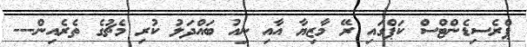
ޕްރެސިޑެންޓްސް ކަޕްގައި ރޭ މާޒިޔާ އާއި ނިއު ބައްދަލު ކުރި މެޗުގެ ތެރެއިން---